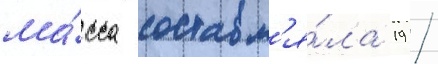
ма́сса составл'я́ла 19 /